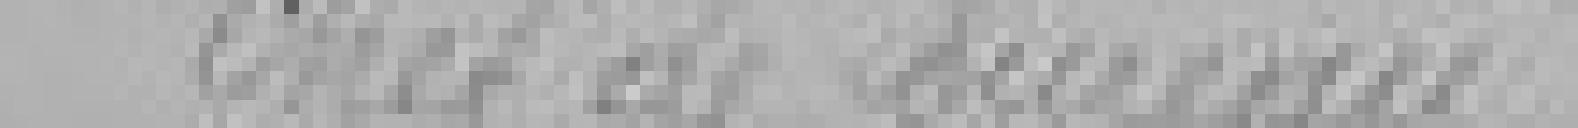
Chef de bureau